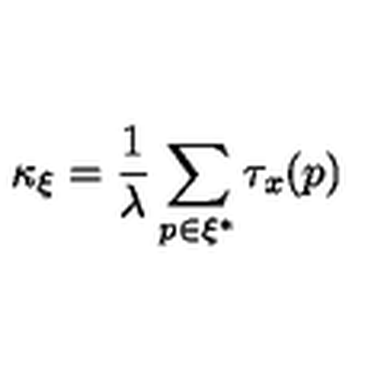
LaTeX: \kappa _ { \xi } = \frac { 1 } { \lambda } \sum _ { p \in \xi ^ { * } } \tau _ { x } ( p )